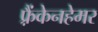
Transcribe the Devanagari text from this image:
फ़्रैंकेनहेमर